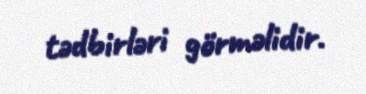
tədbirləri görməlidir.